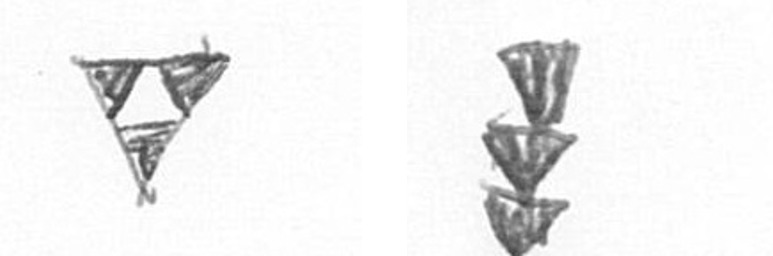
S E